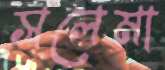
সলেমা